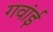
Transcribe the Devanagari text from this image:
गवांई